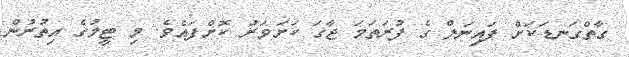
ގާތްގަނޑަކަށް ފައިނަލް ގެ ފުރަތަމަ ޖާގަ ކަށަވަރު ކޮށްފައެވެ. މި ޓީމުގެ އިތުރުން